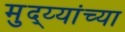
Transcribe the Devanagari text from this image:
मुद्य्यांच्या